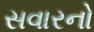
સવારનો